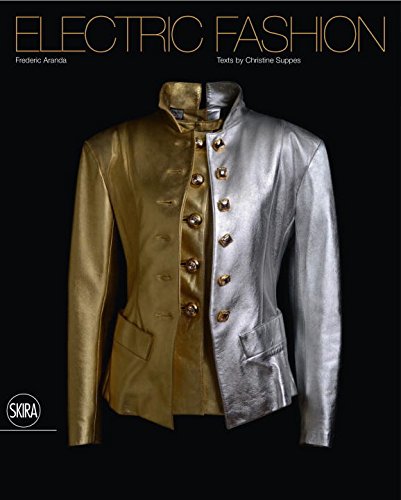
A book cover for Electric Fashion; Frederic Aranda; Humor & Entertainment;